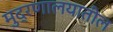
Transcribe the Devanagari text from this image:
मुद्रणालयातील